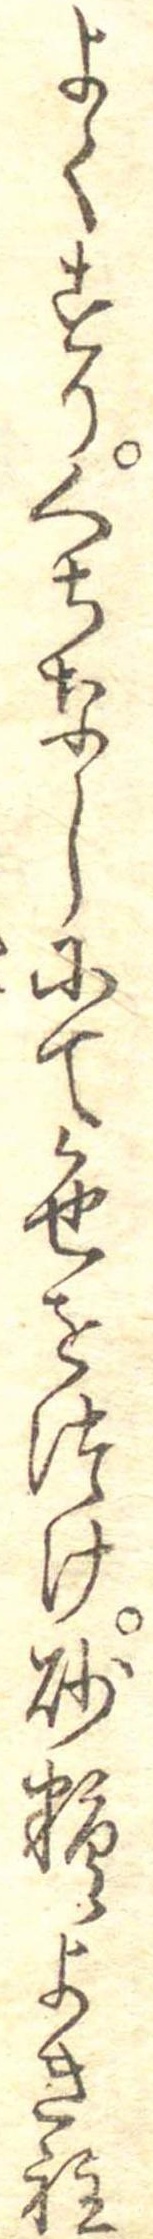
よくすりくちなしにて色をつけ砂糖よき程